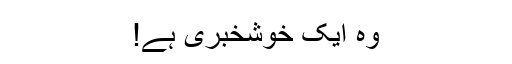
وہ ایک خوشخبری ہے!